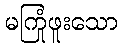
မကြုံဖူးသော